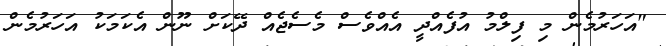
"އަހަރުމެން މި ފިލްމު އުފެއްދީ އެއްވެސް މެސެޖެއް ދޭކަށް ނޫން އެކަމަކު އަހަރުމެން